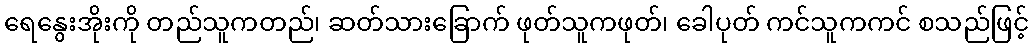
ရေနွေးအိုးကို တည်သူကတည်၊ ဆတ်သားခြောက် ဖုတ်သူကဖုတ်၊ ခေါပုတ် ကင်သူကကင် စသည်ဖြင့်